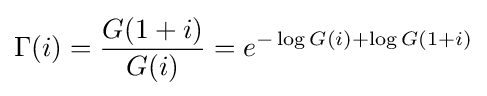
\Gamma (i)={\frac {G(1+i)}{G(i)}}=e^{-\log G(i)+\log G(1+i)}